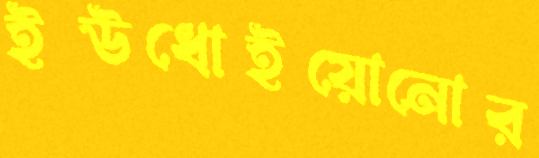
ইউধোইয়োনোর